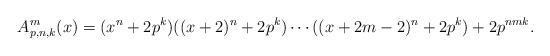
LaTeX: \begin{align*}A_{p,n,k}^{m}(x) = (x^{n} + 2 p^{k})( (x + 2)^{n} + 2 p^{k}) \cdots ( (x + 2m - 2)^{n} + 2p^{k} ) + 2p^{nmk}.\end{align*}